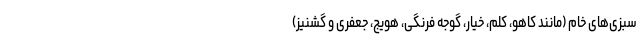
سبزی‌های خام (مانند کاهو، کلم، خیار، گوجه فرنگی، هویج، جعفری و گشنیز)